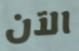
الآن